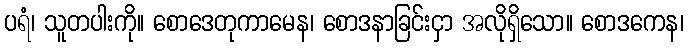
ပရံ၊ သူတပါးကို။ စောဒေတုကာမေန၊ စောဒနာခြင်းငှာ အလိုရှိသော။ စောဒကေန၊